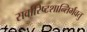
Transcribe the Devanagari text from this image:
सर्वारिष्टशान्तिर्भवतु